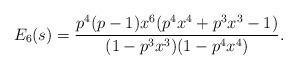
LaTeX: \begin{align*}E_6(s) = \frac{p^4(p-1)x^6(p^4x^4+p^3x^3-1)}{(1-p^3x^3)(1-p^4x^4)}. \end{align*}